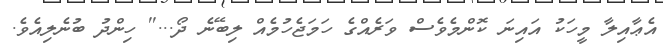
އެޢާއިލާ މީހަކު އައިނަ ކޮންމެވެސް ވަރެއްގެ ހަމަޖެހުމެއް ލިބޭނެ ދޯ...'' ހިންދު ބުނެލިއެވެ.